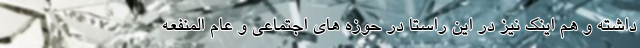
داشته و هم اینک نیز در این راستا در حوزه های اجتماعی و عام المنفعه